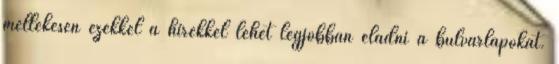
mellékesen ezekkel a hírekkel lehet legjobban eladni a bulvárlapokat.